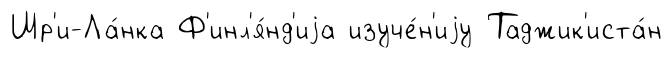
Шр'и-Ла́нка Ф'инл'я́нд'иjа изуче́н'иjу Таджик'иста́н